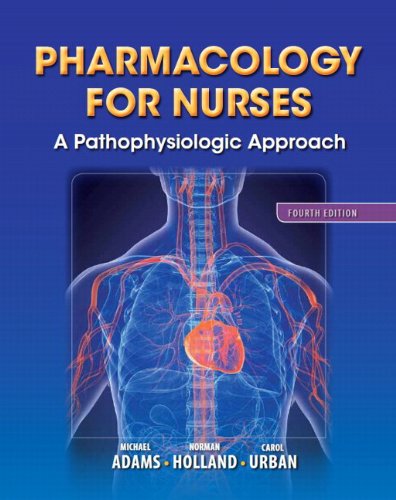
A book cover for Pharmacology for Nurses: A Pathophysiologic Approach (4th Edition) (Adams, Pharmacology for Nurses); Michael P. Adams; Medical Books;